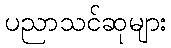
ပညာသင်ဆုများ